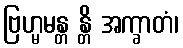
ဗြဟ္မမန္တ န္တိ အက္ခာတံ၊